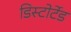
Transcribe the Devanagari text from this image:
डिस्टोर्टेड